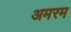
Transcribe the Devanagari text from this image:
अमरम